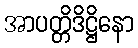
အာပတ္တိဒိဋ္ဌိနော